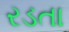
રડતા